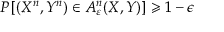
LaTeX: P \left[ ( X ^ { n } , Y ^ { n } ) \in A _ { \varepsilon } ^ { n } ( X , Y ) \right] \geqslant 1 - \epsilon